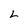
Character: L